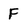
Character: F